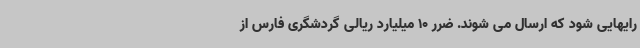
رایهایی شود که ارسال می شوند. ضرر 10 میلیارد ریالی گردشگری فارس از